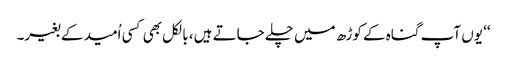
‘‘ یوں آپ گناہ کے کوڑھ میں چلے جاتے ہیں، بالکل بھی کسی اُمید کے بغیر۔